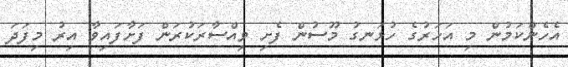
އެހެންކަމުން މި އަހަރުގެ ހުޅަނގު މޫސުން ފެށި ވިއްސާރަކުރަން ފަށާފައިވާ އިރު މިފަދަ